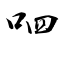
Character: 呬